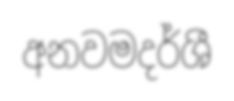
අනවමදර්ශී